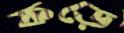
ফড়ে